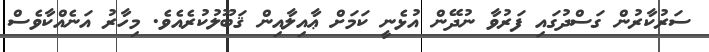
ސަރުކާރުން ގަސްދުގައި ފަރުވާ ނުދޭން އުޅެނީ ކަމަށް ޢާއިލާއިން ޤަބޫލުކުރެއެވެ. މިހާރު އަނެއްކާވެސް